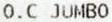
O.C JUMBO